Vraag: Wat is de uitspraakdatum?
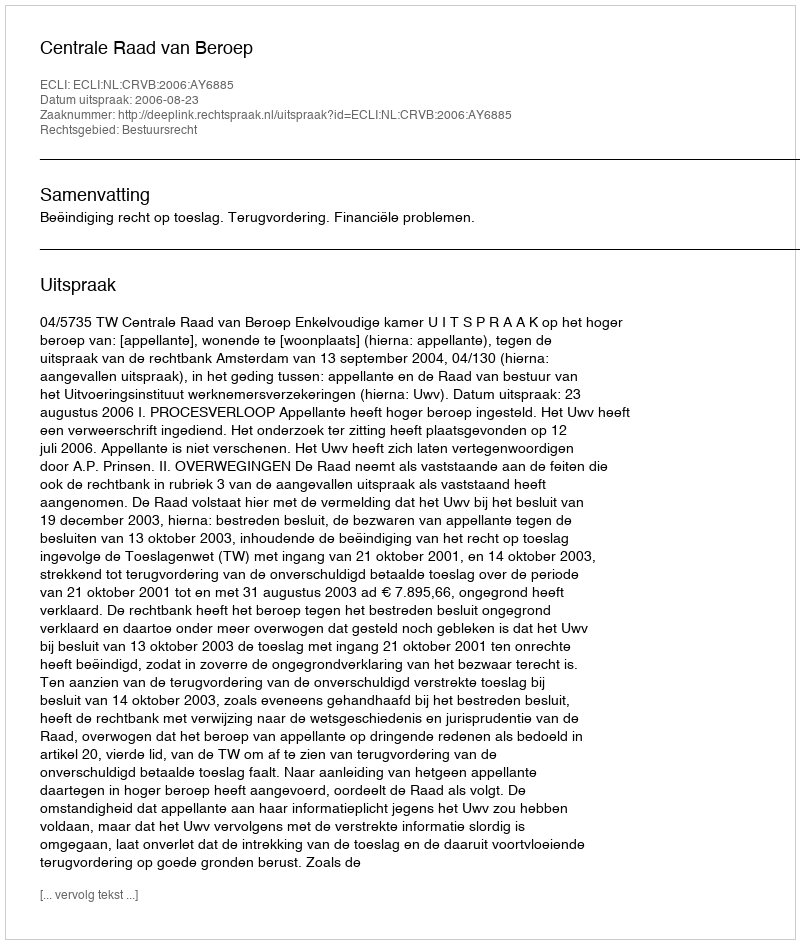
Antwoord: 2006-08-23